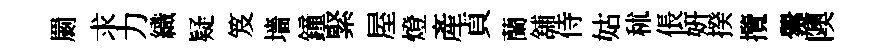
罽求力織疑笈墻鐘緊屋燈産貞蘭舖侍姑秫倀妍揆攬爨隩